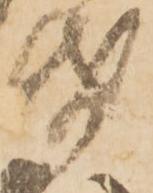
帋